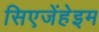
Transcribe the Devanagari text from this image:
सिएजेंहेइम